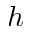
h